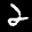
Label: 2